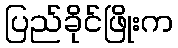
ပြည်ခိုင်ဖြိုးက